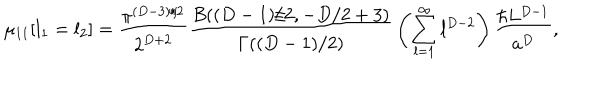
LaTeX: \mu _ { 1 1 } [ l _ { 1 } = l _ { 2 } ] = { \frac { \pi ^ { ( D - 3 ) / 2 } } { 2 ^ { D + 2 } } } { \frac { B ( ( D - 1 ) / 2 , - D / 2 + 3 ) } { \Gamma ( ( D - 1 ) / 2 ) } } \left( \sum _ { l = 1 } ^ { \infty } l ^ { D - 2 } \right) { \frac { \hbar L ^ { D - 1 } } { a ^ { D } } } ,